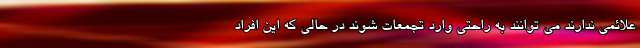
علائمی ندارند می توانند به راحتی وارد تجمعات شوند در حالی که این افراد